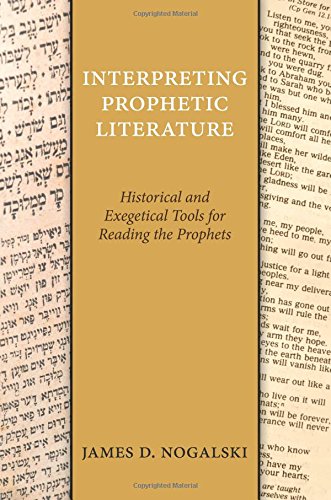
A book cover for Interpreting Prophetic Literature: Historical and Exegetical Tools for Reading the Prophets; James D. Nogalski; Christian Books & Bibles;